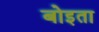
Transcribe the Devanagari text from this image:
बोइता